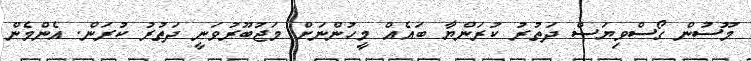
މޫސުން ގޯސްވިޔަސް ދަތުރު ކުރަންޔާ ބައެއް މީހުންނަށް މަޖުބޫރުވަނީ ދަތުރު ކުރަން. އެންމެން